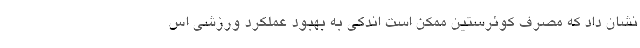
نشان داد که مصرف کوئرستین ممکن است اندکی به بهبود عملکرد ورزشی اس